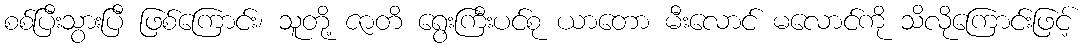
စစ်ပြီးသွားပြီ ဖြစ်ကြောင်း၊ သူတို့ ဇာတိ ရွေးကြီးပင်စု ယာတော မီးလောင် မလောင်ကို သိလိုကြောင်းဖြင့်